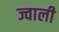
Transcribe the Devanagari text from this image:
ज्वाली